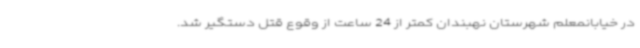
در خیابانمعلم شهرستان نهبندان کمتر از 24 ساعت از وقوع قتل دستگیر شد.